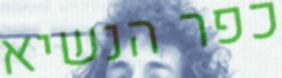
כפר הנשיא